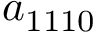
a _ { 1 1 1 0 }